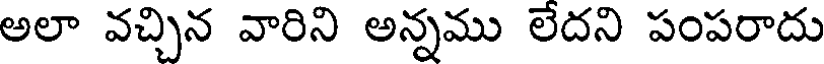
అలా వచ్చిన వారిని అన్నము లేదని పంపరాదు